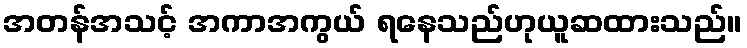
အတန်အသင့် အကာအကွယ် ရနေသည်ဟုယူဆထားသည်။